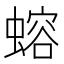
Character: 𬠣